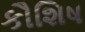
કૌશિષ